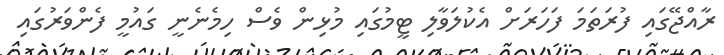
ރާއްޖޭގައި ފުރަތަމަ ފަހަރަށް އެކުލަވާލި ޓީމުގައި މުޅިން ވެސް ހިމެނެނީ ގައުމީ ފެންވަރުގައި